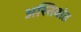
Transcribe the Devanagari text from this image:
अस्तिवांत